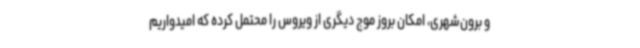
و برون‌شهری، امکان بروز موج دیگری از ویروس را محتمل کرده که امیدواریم